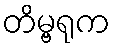
တိမ္ဗရုက